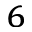
^ { 6 }